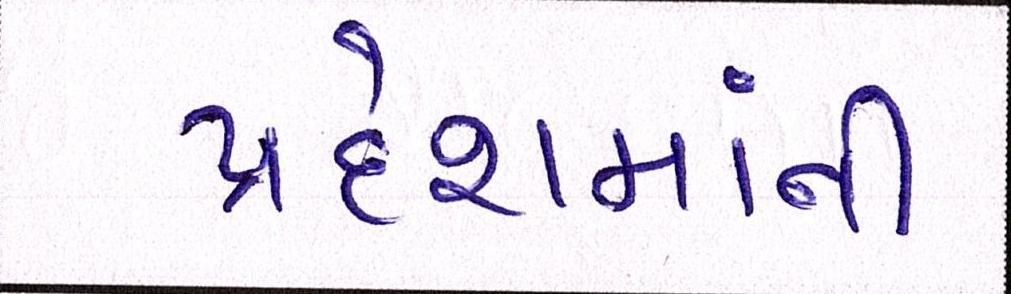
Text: પ્રદેશમાંની